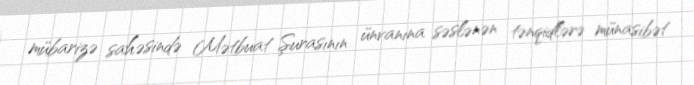
mübarizə sahəsində Mətbuat Şurasının ünvanına səslənən tənqidlərə münasibət